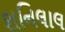
શનિલાલ